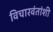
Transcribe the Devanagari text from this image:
विचारवंतांशी